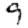
Digit: 9